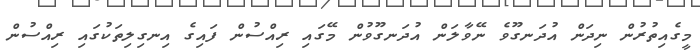
މީގެއިތުރުން ނިދަން އުދަނގޫވެ ނޭވާލަން އުދަނގޫވުން މޭގައި ރިއްސުން ފައިގެ އިނގިލިތަކުގައި ރިއްސުން